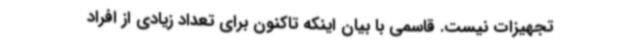
تجهیزات نیست. قاسمی با بیان اینکه تاکنون برای تعداد زیادی از افراد